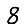
Digit: 8